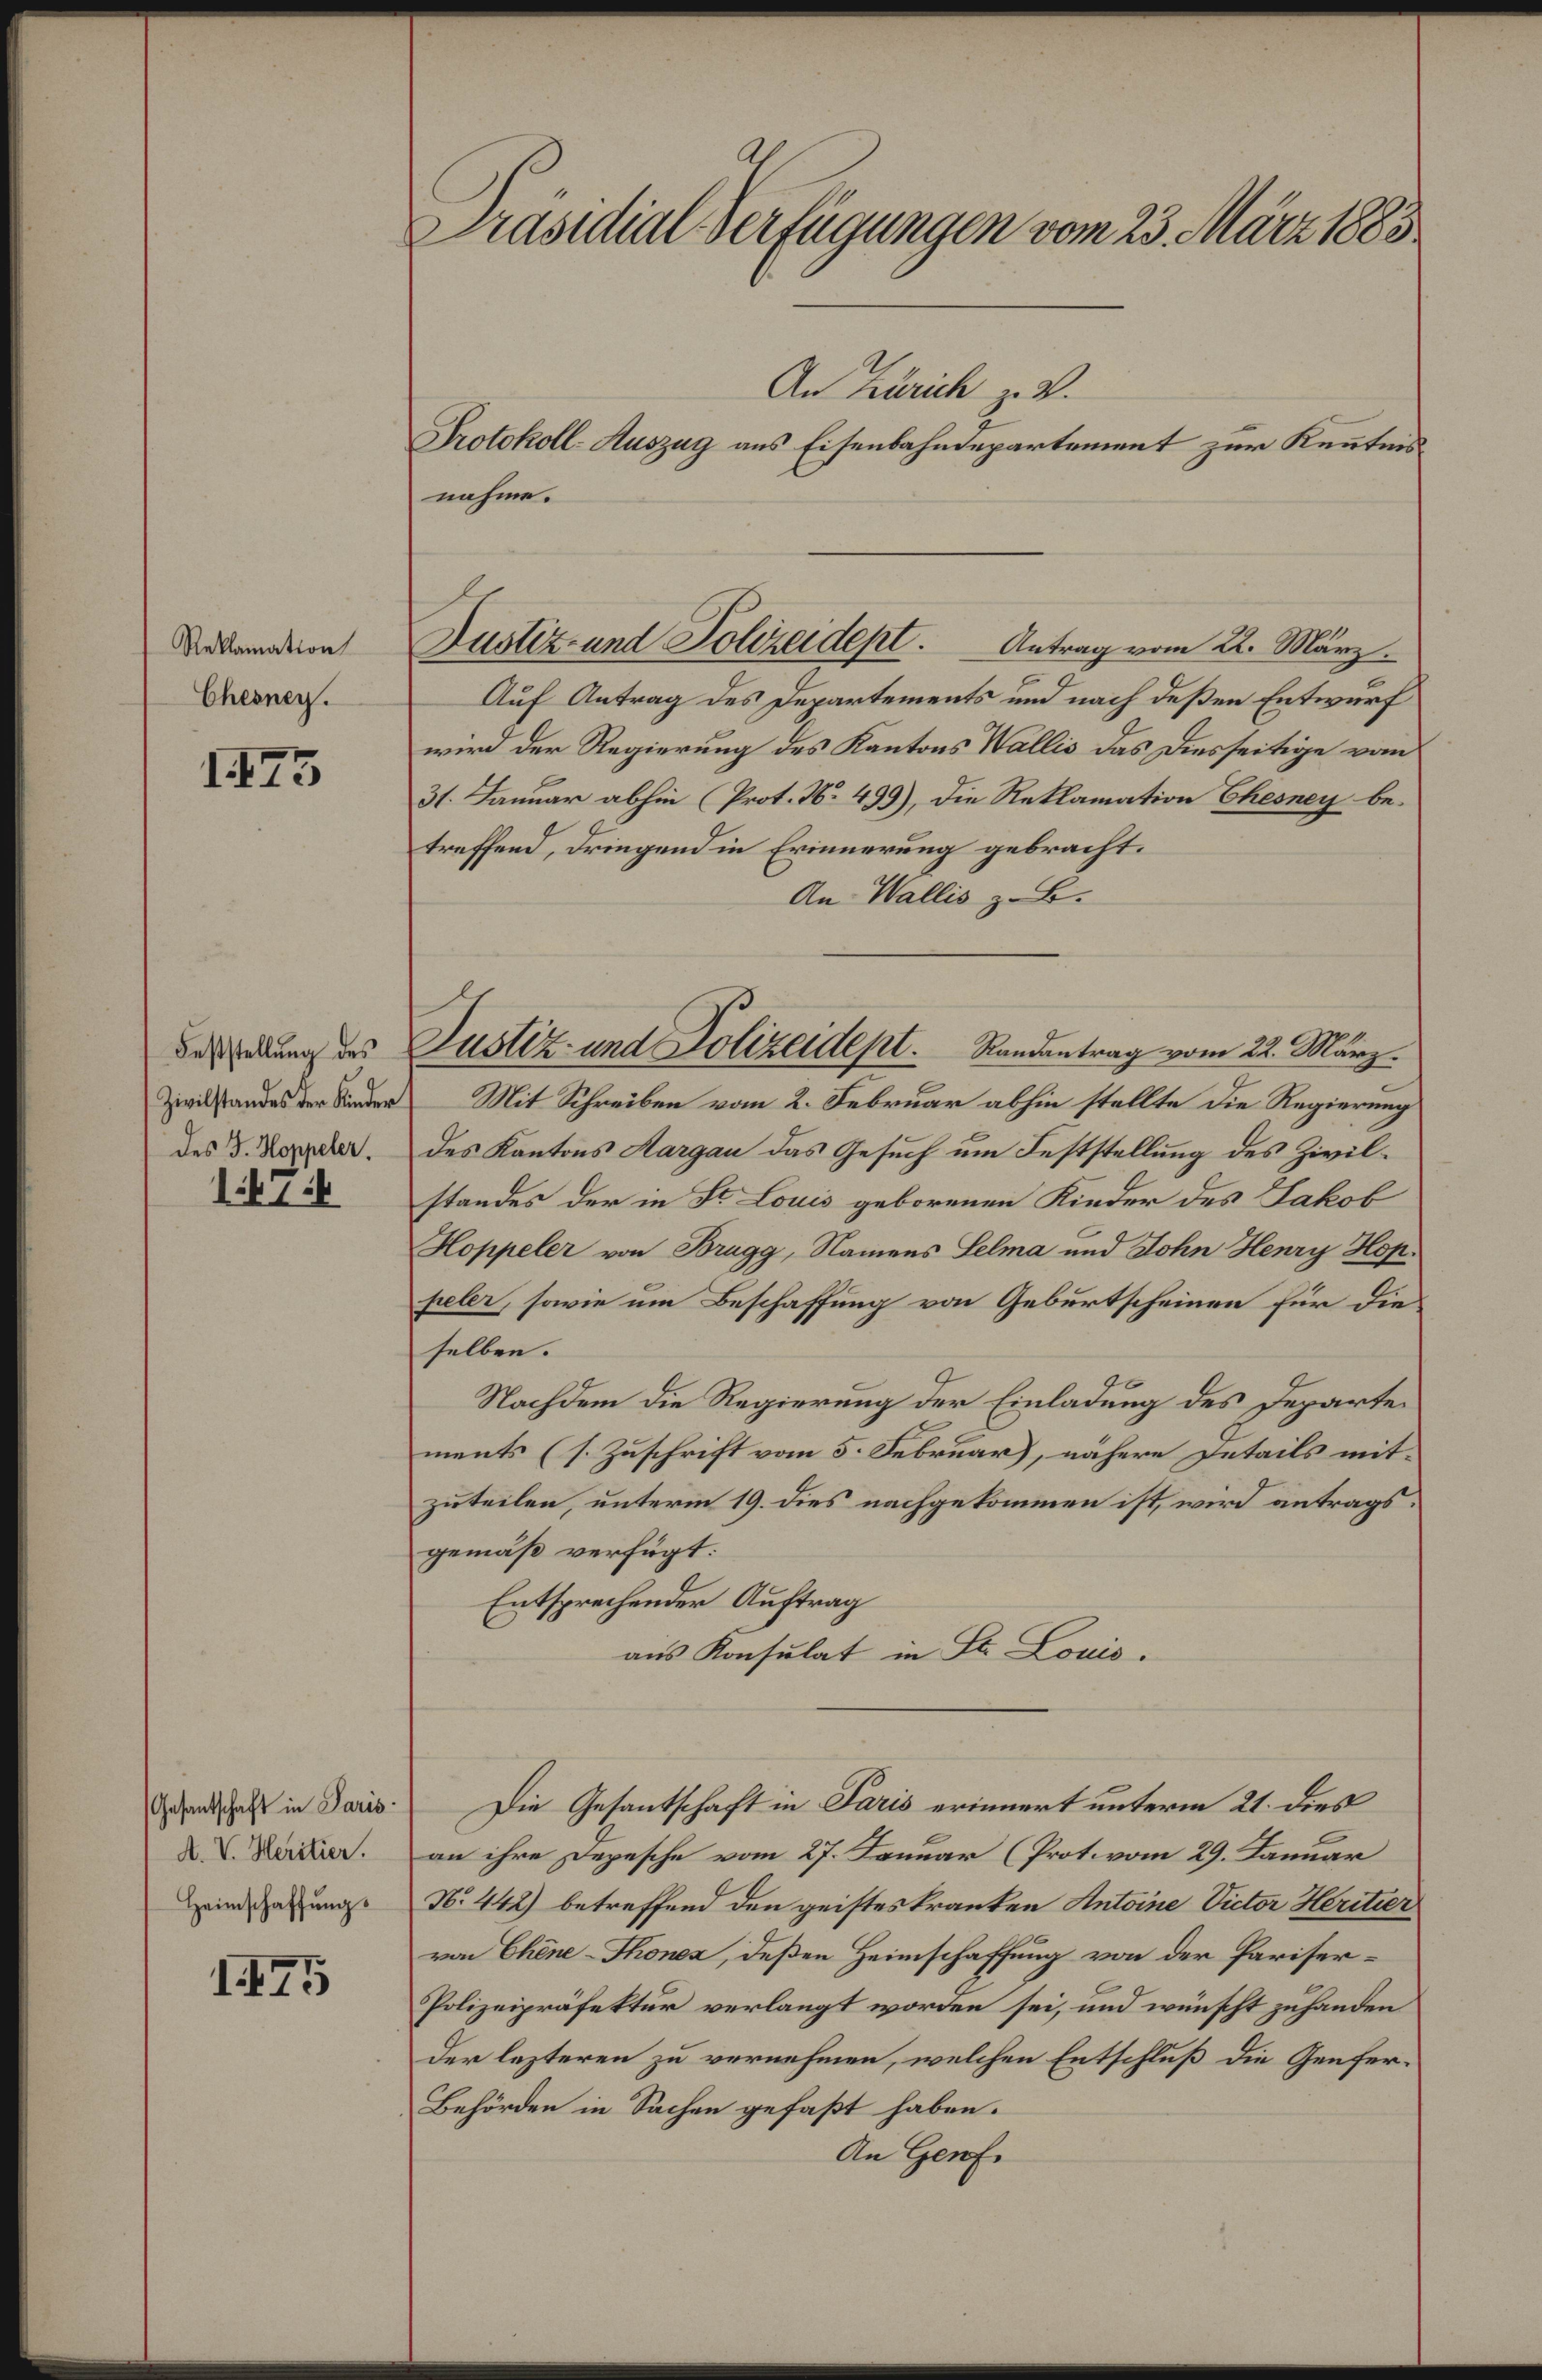
Präsidial-Verfügungen vom 23. März 1883.
An Zürich z. V.
Protokoll-Auszug ans Eisenbahndepartement zur Ken̄tnis¬
nahme.
Reklamation
Chesney.
1473
Justiz- und Polizeidept. Antrag vom 22. März.
Auf Antrag des Departements und nach deßen Entwurf
wird der Regierung des Kantons Wallis das Diesseitige vom
31. Januar abhin (Prot. No 499), die Reklamation Chesney be¬
treffend, dringend in Erinnerung gebracht.
An Wallis z. B.
Feststellung des
Zivilstandes der Kinder
des J. Hoppeler.
1474
Justiz- und Polizeidept. Randantrag vom 22. März.
Mit Schreiben vom 2. Februar abhin stellte die Regierung
des Kantons Aargau das Gesuch um Feststellung des Zivil¬
standes der in St. Louis geborenen Kinder des Jakob
Hoppeler von Brugg, Namens Selma und John Henry Hop¬
peler, sowie um Beschaffung von Geburtscheinen für die¬
selben.
Nachdem die Regierung der Einladung des Departe¬
ments (s. Zuschrift vom 5. Februar), nähere Details mit¬
zuteilen, unterm 19. dies nachgekommen ist, wird antrags¬
gemäß verfügt:
Entsprechender Auftrag
an's Konsulat in St. Louis.
Gesantschaft in Paris.
A. V. Héritier.
Heimschaffung.
1475
Die Gesantschaft in Paris erinnert unterm 21. dies
an ihre Depesche vom 27. Januar (Prot. vom 29. Januar
No 442) betreffend den geisteskranken Antoine Victor Héritier
von Chêne-Thonex, deßen Heimschaffung von der Pariser-
Polizeipräfektur verlangt worden sei, und wünscht zuhanden
der lezteren zu vernehmen, welchen Entschluß die Genfer-
Behörden in Sachen gefaßt haben.
An Genf.